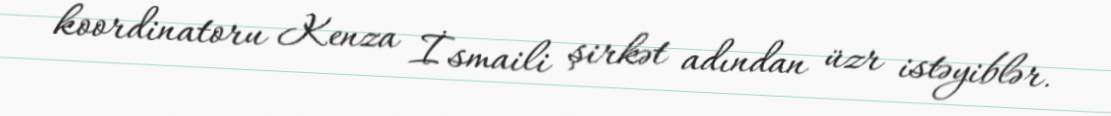
koordinatoru Kenza İsmaili şirkət adından üzr istəyiblər.